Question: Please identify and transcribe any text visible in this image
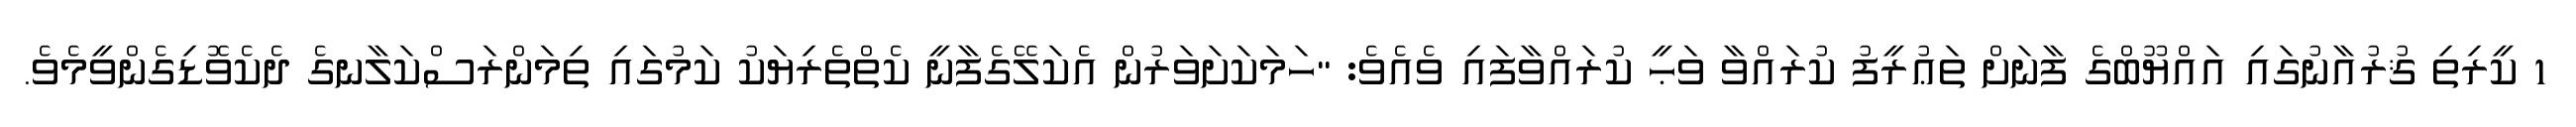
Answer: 1 ކީރިތި ޤުރުއާނުގައި އައްޔޫބްގެ ފާނަށް ތަޢުރީފު ކުރައްވާ ވަޙީ ކުރައްވާފައި ވެއެވެ: "ހަމަކަށަވަރުން އެކަލޭގެފާނީ ކެތްތެރިޔަކު ކަމުގައި ތިމަންރަސްކަލާނގެ ދެކެވޮޑިގެންވީމެވެ.